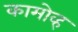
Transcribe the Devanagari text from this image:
कामोव्ह